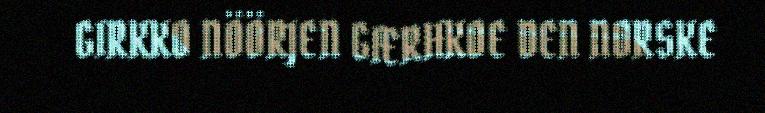
GIRKKO NÖÖRJEN GÆRHKOE DEN NORSKE